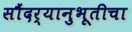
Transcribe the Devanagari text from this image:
सौंदर्यानुभूतीचा